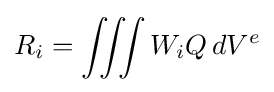
R_{i}=\iiint W_{i}Q\,dV^{e}